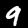
Digit: 9